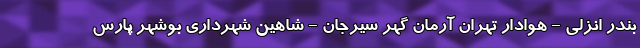
بندر انزلی - هوادار تهران آرمان گهر سیرجان - شاهین شهرداری بوشهر پارس